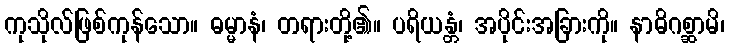
ကုသိုလ်ဖြစ်ကုန်သော။ ဓမ္မာနံ၊ တရားတို့၏။ ပရိယန္တံ၊ အပိုင်းအခြားကို။ နာဓိဂစ္ဆာမိ၊